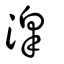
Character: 滜